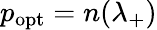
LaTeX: p_{\mathrm{opt}}=n(\lambda_{+})